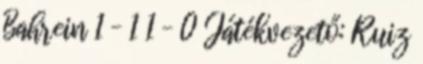
Bahrein 1 – 1 1 – 0 Játékvezető: Ruiz